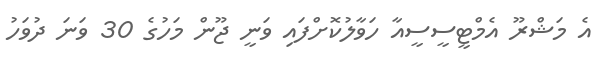
އެ މަޝްރޫ އެމްޓީސީސީއާ ހަވާލުކޮށްފައި ވަނީ ޖޫން މަހުގެ 30 ވަނަ ދުވަހު